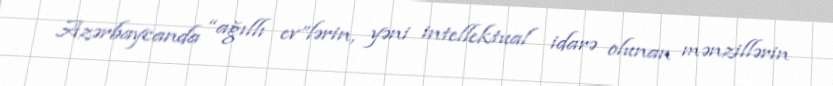
Azərbaycanda “ağıllı ev”lərin, yəni intellektual idarə olunan mənzillərin